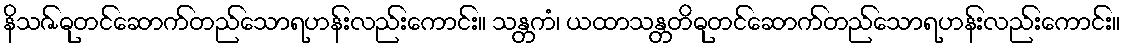
နိသဇ်ဓုတင်ဆောက်တည်သောရဟန်းလည်းကောင်း။ သန္တကံ၊ ယထာသန္တတိဓုတင်ဆောက်တည်သောရဟန်းလည်းကောင်း။